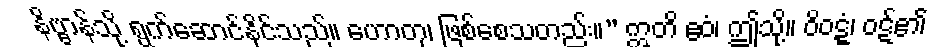
နိဗ္ဗာန်သို့ ရွက်ဆောင်နိုင်သည်။ ဟောတု၊ ဖြစ်စေသတည်း။” ဣတိ ဧဝံ၊ ဤသို့။ ဝိဝဋ္ဋံ၊ ဝဋ်၏